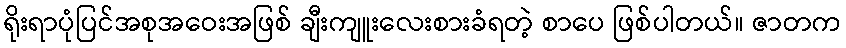
ရိုးရာပုံပြင်အစုအဝေးအဖြစ် ချီးကျူးလေးစားခံရတဲ့ စာပေ ဖြစ်ပါတယ်။ ဇာတက